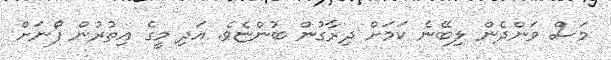
މަސް ވަންދެން ލިބޭނެ ކަމަށް ދިރާގުން ބުންޏެވެ. އަދި މީގެ އިތުރުން ފޯނަށް